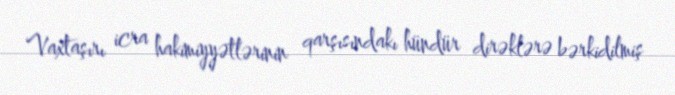
Vaxtaşırı icra hakimiyyətlərinin qarşısındakı hündür dirəklərə bərkidilmiş